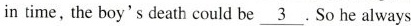
in time, the boy's death could be \underline{3}. So he always